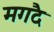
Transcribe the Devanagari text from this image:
मगदै